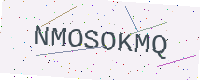
Text: NMOSOKMQ